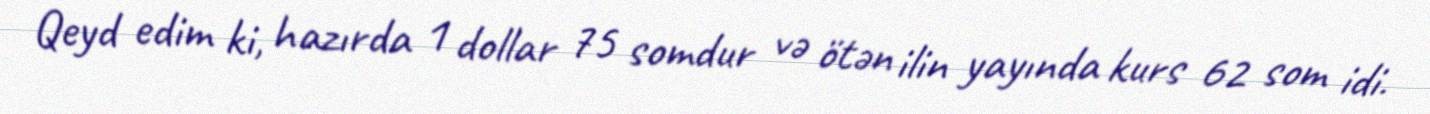
Qeyd edim ki, hazırda 1 dollar 75 somdur və ötən ilin yayında kurs 62 som idi.